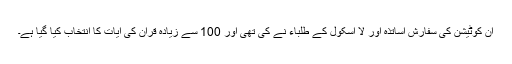
ان کوٹیشن کی سفارش اساتذہ اور لا اسکول کے طلباء نے کی تھی اور 100 سے زیادہ قران کی ایات کا انتخاب کیا گیا ہے۔